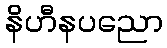
နိဟီနပညော